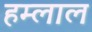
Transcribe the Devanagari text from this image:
हम्लाल